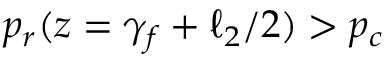
p _ { r } ( z = \gamma _ { f } + \ell _ { 2 } / 2 ) > p _ { c }